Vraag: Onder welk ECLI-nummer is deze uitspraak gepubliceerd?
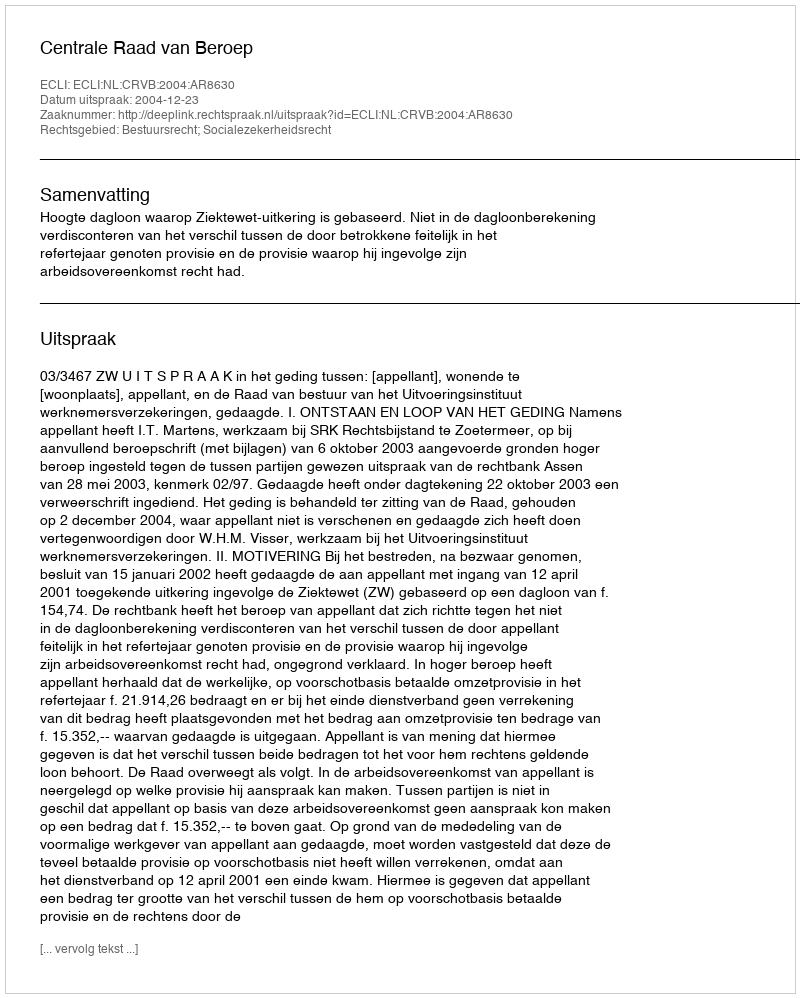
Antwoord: ECLI:NL:CRVB:2004:AR8630